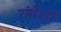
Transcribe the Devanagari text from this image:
रांगेशी